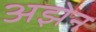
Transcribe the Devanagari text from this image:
अझेन